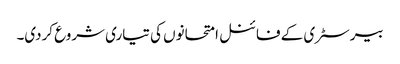
بیرسٹری کے فائنل امتحانوں کی تیاری شروع کردی۔